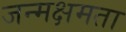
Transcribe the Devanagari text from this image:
जन्मक्षमता